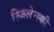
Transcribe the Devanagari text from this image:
स्जिलेन्स्की